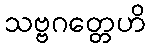
သဗ္ဗဂတ္တေဟိ